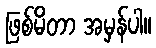
ဖြစ်မိတာ အမှန်ပါ။